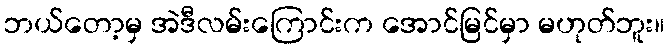
ဘယ်တော့မှ အဲဒီလမ်းကြောင်းက အောင်မြင်မှာ မဟုတ်ဘူး။